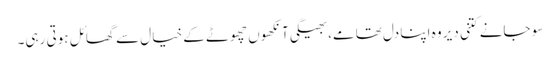
سو جانے کتنی دیر وہ اپنا دل تھامے، بھیگی آنکھوں چھوٹے کے خیال سے گھائل ہوتی رہی۔